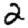
Digit: 2